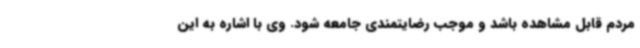
مردم قابل مشاهده باشد و موجب رضایتمندی جامعه شود. وی با اشاره به این